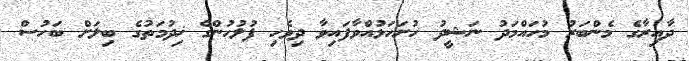
ދާއިރާގެ މެންބަރު މުހައްމަދު ނަޝީދު ހުށަހަޅުއްވާފައިވާ ދިވެހި ފުލުހުންގެ ޚިދުމަތުގެ ބިލަށް ބަހުސް